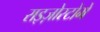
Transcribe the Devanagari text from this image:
राइज़ोस्टोमे